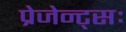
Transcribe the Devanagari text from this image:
प्रेजेन्ट्सः